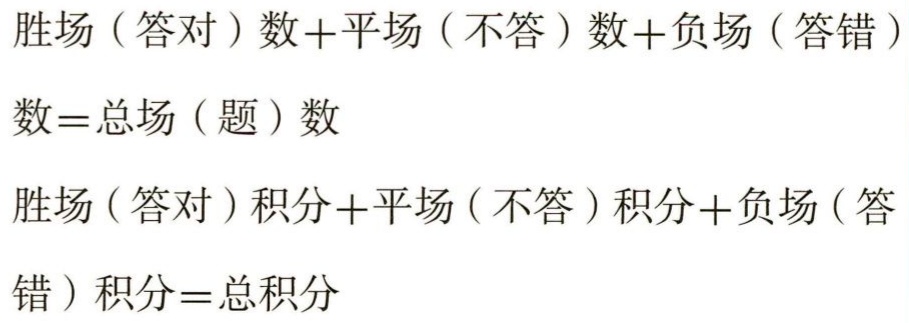
胜场（答对）数+平场（不答）数+负场（答错）数=总场（题）数

胜场(答对）积分+平场（不答）积分+负场（答错）积分=总积分